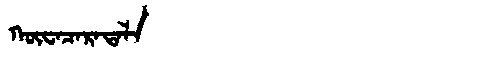
Manchu: ᡴᡡᠸᠠᠴᠠᡵᠠᡨᠠᠯᠠ
Romanization: KŪWACARATALA